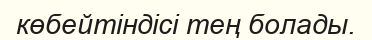
көбейтіндісі тең болады.